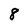
Character: 8